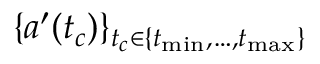
\{ a ^ { \prime } ( t _ { c } ) \} _ { t _ { c } \in \{ t _ { \operatorname* { m i n } } , \dots , t _ { \operatorname* { m a x } } \} }